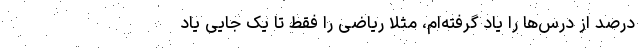
درصد از درس‌ها را یاد گرفته‌ام، مثلا ریاضی را فقط تا یک جایی یاد